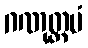
ဂဏုတ္တမံ